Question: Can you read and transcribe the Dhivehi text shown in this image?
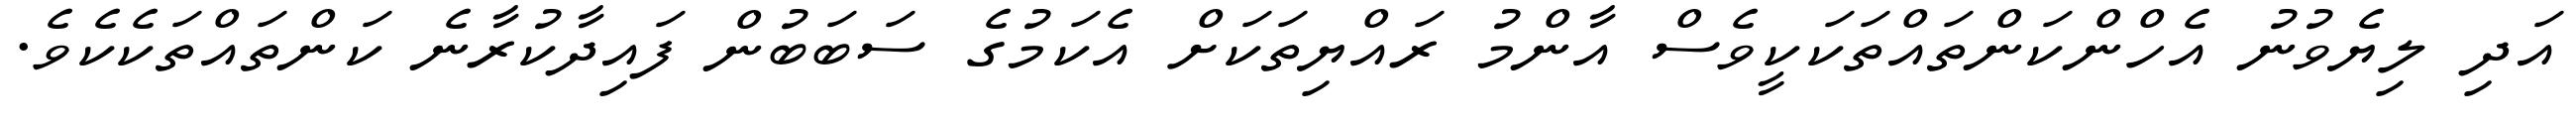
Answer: އަދި ލިޔެވުނު އެހްންކަންތައްތަކަކީވެސް އާންމު ރައްޔިތަކަށް އެކަމުގެ ސަބަބުން ފައިދާކުރާނެ ކަންތައްތަކެކެވެ.